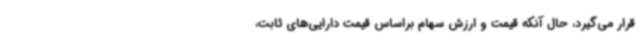
قرار می‌گیرد، حال آنکه قیمت و ارزش سهام براساس قیمت دارایی‌های ثابت،